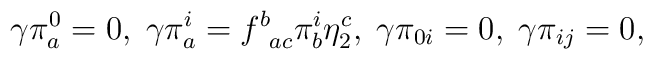
\gamma \pi _a^0=0,\;\gamma \pi _a^i=f_{\;\;ac}^b\pi _b^i\eta _2^c,\;\gamma\pi _{0i}=0,\;\gamma \pi _{ij}=0,